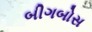
બીગબોસ